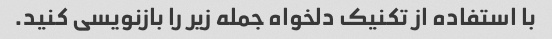
با استفاده از تکنیک دلخواه جمله زیر را بازنویسی کنید.